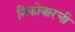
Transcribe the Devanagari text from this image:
निकोबारची